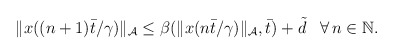
\begin{align*}\begin{aligned}\|x((n+1)\bar{t}/\gamma)\|_{\mathcal{A}} &\le \beta(\|x(n\bar{t}/\gamma)\|_{\mathcal{A}},\bar{t}) + \tilde{d} && \forall \, n\in\mathbb{N}.\end{aligned}\end{align*}